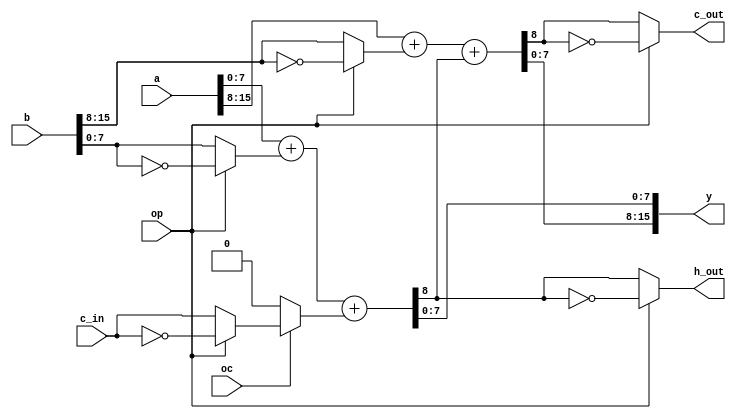

`define WIDTH 16

/* Two half adders to create a full one */
module addsub1(
	op, oc, y, a, b, c_in,
	c_out, h_out
);

input op, oc; // 0: add, 1: sub
output [`WIDTH-1:0] y;
input [`WIDTH-1:0] a, b;
input c_in;
output c_out;
output h_out;

wire [`WIDTH/2-1:0] yh, yl;

wire [`WIDTH/2-1:0]
	ah = a[`WIDTH-1:`WIDTH/2], al = a[`WIDTH/2-1:0];
wire [`WIDTH/2-1:0] bh, bl;
wire c =
	(!oc) ? 0 :
	(op) ? ~c_in : c_in;
wire d, e;

assign bh = (op) ? ~b[`WIDTH-1:`WIDTH/2] : b[`WIDTH-1:`WIDTH/2];
assign bl = (op) ? ~b[`WIDTH/2-1:0] : b[`WIDTH/2-1:0];

assign {d, yl} = al + bl + c;
assign {e, yh} = ah + bh + d;

assign h_out = (op) ? ~d : d;
assign c_out = (op) ? ~e : e;

assign y = {yh, yl};

endmodule

/*
=========================================================================
*                           HDL Synthesis                               *
=========================================================================

Synthesizing Unit <addsub1>.
    Related source file is "C:/src/pacoblaze/pacoblaze/addsub.v".
    Found 8-bit adder carry in/out for signal <$n0001>.
    Found 8-bit adder carry in/out for signal <$n0002>.
    Found 1-bit 4-to-1 multiplexer for signal <c>.
    Summary:
	inferred   2 Adder/Subtractor(s).
	inferred   1 Multiplexer(s).
Unit <addsub1> synthesized.


=========================================================================
HDL Synthesis Report

Macro Statistics
# Adders/Subtractors                                   : 2
 8-bit adder carry in/out                              : 2
# Multiplexers                                         : 1
 1-bit 4-to-1 multiplexer                              : 1

=========================================================================

=========================================================================
*                       Advanced HDL Synthesis                          *
=========================================================================


=========================================================================
Advanced HDL Synthesis Report

Macro Statistics
# Adders/Subtractors                                   : 2
 8-bit adder carry in/out                              : 2
# Multiplexers                                         : 1
 1-bit 4-to-1 multiplexer                              : 1

=========================================================================

=========================================================================
*                         Low Level Synthesis                           *
=========================================================================
Loading device for application Rf_Device from file '3s200.nph' in environment C:\Xilinx.

Optimizing unit <addsub1> ...

Mapping all equations...
Building and optimizing final netlist ...
Found area constraint ratio of 100 (+ 5) on block addsub1, actual ratio is 0.

=========================================================================
*                            Final Report                               *
=========================================================================
Final Results
RTL Top Level Output File Name     : addsub1.ngr
Top Level Output File Name         : addsub1
Output Format                      : NGC
Optimization Goal                  : Speed
Keep Hierarchy                     : NO

Design Statistics
# IOs                              : 53

Cell Usage :
# BELS                             : 67
#      LUT2                        : 34
#      LUT3                        : 1
#      MUXCY                       : 16
#      XORCY                       : 16
# IO Buffers                       : 53
#      IBUF                        : 35
#      OBUF                        : 18
=========================================================================

Device utilization summary:
---------------------------

Selected Device : 3s200pq208-5

 Number of Slices:                      19  out of   1920     0%
 Number of 4 input LUTs:                35  out of   3840     0%
 Number of bonded IOBs:                 53  out of    141    37%


=========================================================================
TIMING REPORT

NOTE: THESE TIMING NUMBERS ARE ONLY A SYNTHESIS ESTIMATE.
      FOR ACCURATE TIMING INFORMATION PLEASE REFER TO THE TRACE REPORT
      GENERATED AFTER PLACE-and-ROUTE.

Clock Information:
------------------
No clock signals found in this design

Timing Summary:
---------------
Speed Grade: -5

   Minimum period: No path found
   Minimum input arrival time before clock: No path found
   Maximum output required time after clock: No path found
   Maximum combinational path delay: 12.573ns

Timing Detail:
--------------
All values displayed in nanoseconds (ns)

=========================================================================
Timing constraint: Default path analysis
  Total number of paths / destination ports: 824 / 18
-------------------------------------------------------------------------
Delay:               12.573ns (Levels of Logic = 21)
  Source:            op (PAD)
  Destination:       c_out (PAD)

  Data Path: op to c_out
                                Gate     Net
    Cell:in->out      fanout   Delay   Delay  Logical Name (Net Name)
    ----------------------------------------  ------------
     IBUF:I->O            19   0.715   1.403  op_IBUF (op_IBUF)
     LUT2:I1->O            1   0.479   0.976  bl<0>1 (bl<0>)
     LUT2:I0->O            1   0.479   0.000  addsub1_yl<0>lut (N4)
     MUXCY:S->O            1   0.435   0.000  addsub1_yl<0>cy (addsub1_yl<0>_cyo)
     MUXCY:CI->O           1   0.056   0.000  addsub1_yl<1>cy (addsub1_yl<1>_cyo)
     MUXCY:CI->O           1   0.056   0.000  addsub1_yl<2>cy (addsub1_yl<2>_cyo)
     MUXCY:CI->O           1   0.056   0.000  addsub1_yl<3>cy (addsub1_yl<3>_cyo)
     MUXCY:CI->O           1   0.056   0.000  addsub1_yl<4>cy (addsub1_yl<4>_cyo)
     MUXCY:CI->O           1   0.056   0.000  addsub1_yl<5>cy (addsub1_yl<5>_cyo)
     MUXCY:CI->O           1   0.056   0.000  addsub1_yl<6>cy (addsub1_yl<6>_cyo)
     MUXCY:CI->O           2   0.056   0.000  addsub1_yl<7>cy (d)
     MUXCY:CI->O           1   0.056   0.000  addsub1_yh<0>cy (addsub1_yh<0>_cyo)
     MUXCY:CI->O           1   0.056   0.000  addsub1_yh<1>cy (addsub1_yh<1>_cyo)
     MUXCY:CI->O           1   0.056   0.000  addsub1_yh<2>cy (addsub1_yh<2>_cyo)
     MUXCY:CI->O           1   0.056   0.000  addsub1_yh<3>cy (addsub1_yh<3>_cyo)
     MUXCY:CI->O           1   0.056   0.000  addsub1_yh<4>cy (addsub1_yh<4>_cyo)
     MUXCY:CI->O           1   0.056   0.000  addsub1_yh<5>cy (addsub1_yh<5>_cyo)
     MUXCY:CI->O           1   0.056   0.000  addsub1_yh<6>cy (addsub1_yh<6>_cyo)
     MUXCY:CI->O           1   0.265   0.976  addsub1_yh<7>cy (e)
     LUT2:I0->O            1   0.479   0.681  c_out1 (c_out_OBUF)
     OBUF:I->O                 4.909          c_out_OBUF (c_out)
    ----------------------------------------
    Total                     12.573ns (8.538ns logic, 4.035ns route)
                                       (67.9% logic, 32.1% route)
*/


/* Two separate adders */
module addsub2(
	op, oc, y, yl, a, b, c_in,
	c_out, h_out
);

input op, oc; // 0: add, 1: sub
output [`WIDTH-1:0] y;
input [`WIDTH-1:0] a, b;
input c_in;
output c_out;
output h_out;

output [`WIDTH/2-1:0] yl;

wire [`WIDTH/2-1:0]
	al = a[`WIDTH/2-1:0];
wire [`WIDTH-1:0] bs;
wire [`WIDTH/2-1:0] bl;
wire c =
	(!oc) ? 0 :
	(op) ? ~c_in : c_in;
wire d, e;

assign bl = (op) ? ~b[`WIDTH/2-1:0] : b[`WIDTH/2-1:0];
assign bs = (op) ? ~b : b;

assign {d, yl} = al + bl + c;
assign {e, y} = a + bs + c;

assign h_out = (op) ? ~d : d;
assign c_out = (op) ? ~e : e;

endmodule


/*
=========================================================================
*                           HDL Synthesis                               *
=========================================================================

Synthesizing Unit <addsub2>.
    Related source file is "C:/src/pacoblaze/pacoblaze/addsub.v".
    Found 16-bit adder carry in/out for signal <$n0001>.
    Found 8-bit adder carry in/out for signal <$n0002>.
    Found 1-bit 4-to-1 multiplexer for signal <c>.
    Summary:
	inferred   2 Adder/Subtractor(s).
	inferred   1 Multiplexer(s).
Unit <addsub2> synthesized.


=========================================================================
HDL Synthesis Report

Macro Statistics
# Adders/Subtractors                                   : 2
 16-bit adder carry in/out                             : 1
 8-bit adder carry in/out                              : 1
# Multiplexers                                         : 1
 1-bit 4-to-1 multiplexer                              : 1

=========================================================================

=========================================================================
*                       Advanced HDL Synthesis                          *
=========================================================================


=========================================================================
Advanced HDL Synthesis Report

Macro Statistics
# Adders/Subtractors                                   : 2
 16-bit adder carry in/out                             : 1
 8-bit adder carry in/out                              : 1
# Multiplexers                                         : 1
 1-bit 4-to-1 multiplexer                              : 1

=========================================================================

=========================================================================
*                         Low Level Synthesis                           *
=========================================================================
Loading device for application Rf_Device from file '3s200.nph' in environment C:\Xilinx.

Optimizing unit <addsub2> ...

Mapping all equations...
Building and optimizing final netlist ...
Found area constraint ratio of 100 (+ 5) on block addsub2, actual ratio is 1.

=========================================================================
*                            Final Report                               *
=========================================================================
Final Results
RTL Top Level Output File Name     : addsub2.ngr
Top Level Output File Name         : addsub2
Output Format                      : NGC
Optimization Goal                  : Speed
Keep Hierarchy                     : NO

Design Statistics
# IOs                              : 61

Cell Usage :
# BELS                             : 91
#      LUT2                        : 34
#      LUT3                        : 9
#      MUXCY                       : 24
#      XORCY                       : 24
# IO Buffers                       : 61
#      IBUF                        : 35
#      OBUF                        : 26
=========================================================================

Device utilization summary:
---------------------------

Selected Device : 3s200pq208-5

 Number of Slices:                      23  out of   1920     1%
 Number of 4 input LUTs:                43  out of   3840     1%
 Number of bonded IOBs:                 61  out of    141    43%


=========================================================================
TIMING REPORT

NOTE: THESE TIMING NUMBERS ARE ONLY A SYNTHESIS ESTIMATE.
      FOR ACCURATE TIMING INFORMATION PLEASE REFER TO THE TRACE REPORT
      GENERATED AFTER PLACE-and-ROUTE.

Clock Information:
------------------
No clock signals found in this design

Timing Summary:
---------------
Speed Grade: -5

   Minimum period: No path found
   Minimum input arrival time before clock: No path found
   Maximum output required time after clock: No path found
   Maximum combinational path delay: 12.955ns

Timing Detail:
--------------
All values displayed in nanoseconds (ns)

=========================================================================
Timing constraint: Default path analysis
  Total number of paths / destination ports: 1012 / 26
-------------------------------------------------------------------------
Delay:               12.955ns (Levels of Logic = 21)
  Source:            op (PAD)
  Destination:       c_out (PAD)

  Data Path: op to c_out
                                Gate     Net
    Cell:in->out      fanout   Delay   Delay  Logical Name (Net Name)
    ----------------------------------------  ------------
     IBUF:I->O            27   0.715   1.721  op_IBUF (op_IBUF)
     LUT2:I1->O            2   0.479   1.040  bs<0>1 (bs<0>)
     LUT2:I0->O            1   0.479   0.000  addsub2_y<0>lut (N4)
     MUXCY:S->O            1   0.435   0.000  addsub2_y<0>cy (addsub2_y<0>_cyo)
     MUXCY:CI->O           1   0.056   0.000  addsub2_y<1>cy (addsub2_y<1>_cyo)
     MUXCY:CI->O           1   0.056   0.000  addsub2_y<2>cy (addsub2_y<2>_cyo)
     MUXCY:CI->O           1   0.056   0.000  addsub2_y<3>cy (addsub2_y<3>_cyo)
     MUXCY:CI->O           1   0.056   0.000  addsub2_y<4>cy (addsub2_y<4>_cyo)
     MUXCY:CI->O           1   0.056   0.000  addsub2_y<5>cy (addsub2_y<5>_cyo)
     MUXCY:CI->O           1   0.056   0.000  addsub2_y<6>cy (addsub2_y<6>_cyo)
     MUXCY:CI->O           1   0.056   0.000  addsub2_y<7>cy (addsub2_y<7>_cyo)
     MUXCY:CI->O           1   0.056   0.000  addsub2_y<8>cy (addsub2_y<8>_cyo)
     MUXCY:CI->O           1   0.056   0.000  addsub2_y<9>cy (addsub2_y<9>_cyo)
     MUXCY:CI->O           1   0.056   0.000  addsub2_y<10>cy (addsub2_y<10>_cyo)
     MUXCY:CI->O           1   0.056   0.000  addsub2_y<11>cy (addsub2_y<11>_cyo)
     MUXCY:CI->O           1   0.056   0.000  addsub2_y<12>cy (addsub2_y<12>_cyo)
     MUXCY:CI->O           1   0.056   0.000  addsub2_y<13>cy (addsub2_y<13>_cyo)
     MUXCY:CI->O           1   0.056   0.000  addsub2_y<14>cy (addsub2_y<14>_cyo)
     MUXCY:CI->O           1   0.265   0.976  addsub2_y<15>cy (e)
     LUT2:I0->O            1   0.479   0.681  c_out1 (c_out_OBUF)
     OBUF:I->O                 4.909          c_out_OBUF (c_out)
    ----------------------------------------
    Total                     12.955ns (8.538ns logic, 4.418ns route)
                                       (65.9% logic, 34.1% route)
*/